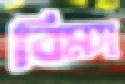
বিমস্